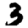
Digit: 3